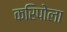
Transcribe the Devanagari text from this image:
करिपोला